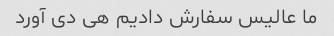
ما عالیس سفارش دادیم هی دی آورد